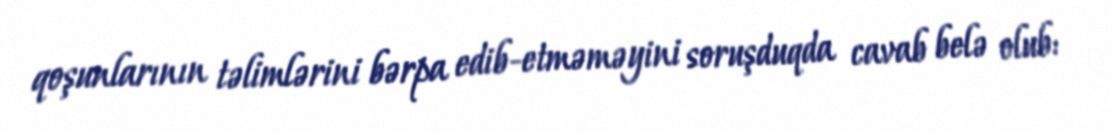
qoşunlarının təlimlərini bərpa edib-etməməyini soruşduqda cavab belə olub: